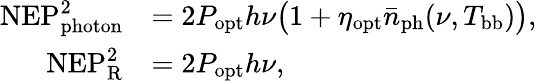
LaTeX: \begin{array}{rl}{\mathrm{NEP}_{\mathrm{photon}}^{2}}&{=2P_{\mathrm{opt}}h\nu\big(1+\eta_{\mathrm{opt}}\bar{n}_{\mathrm{ph}}(\nu,T_{\mathrm{bb}})\big),}\\ {\mathrm{NEP}_{\mathrm{R}}^{2}}&{=2P_{\mathrm{opt}}h\nu,}\end{array}